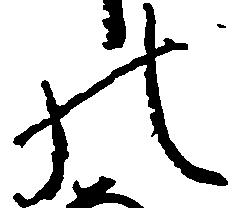
の